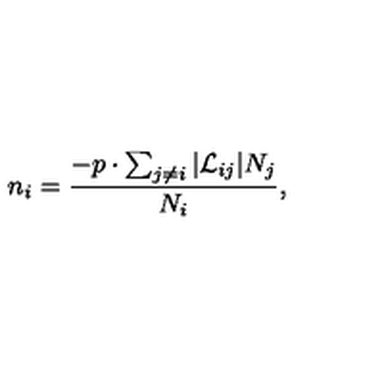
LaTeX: n _ { i } = \frac { - p \cdot \sum _ { j \neq i } | { \cal L } _ { i j } | N _ { j } } { N _ { i } } ,